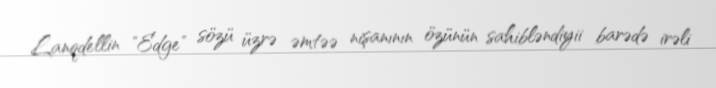
Lanqdellin "Edge" sözü üzrə əmtəə nişanının özünün sahibləndiyii barədə irəli